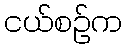
ငယ်စဉ်က